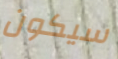
سيكون